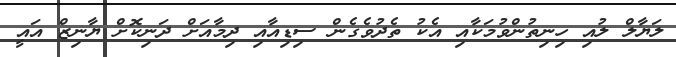
ލަޔާލް ލުއި ހިނިތުންވުމަކާއި އެކު ތެދުވެގެން ސިޑިއާއި ދިމާއަށް ދަނިކޮށް ޔާނިޒް އައީ